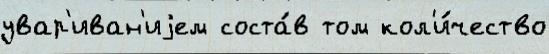
увар'иван'иjем соста́в том кол'и́чество